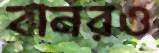
বানরও